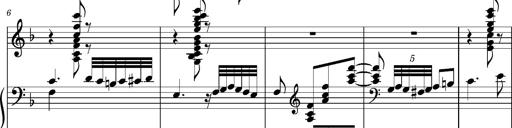
Title: Ungarischer Romanzero
Composer: Franz Liszt